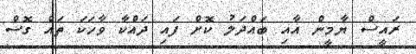
ރައީސް ޔާމީން އާއި ބައްދަލު ކޮށް ފައި ދައްކާ ވާހަކަ ތައް ގޮސް